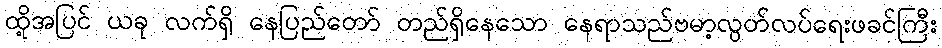
ထို့အပြင် ယခု လက်ရှိ နေပြည်တော် တည်ရှိနေသော နေရာသည်ဗမာ့လွတ်လပ်ရေးဖခင်ကြီး